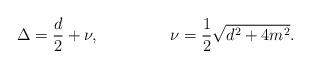
LaTeX: \begin{align*}\Delta = {d \over 2} + \nu, ~~~~~~~~~~~~~ \nu = {1 \over 2} \sqrt{d^2 + 4m^2}. \end{align*}